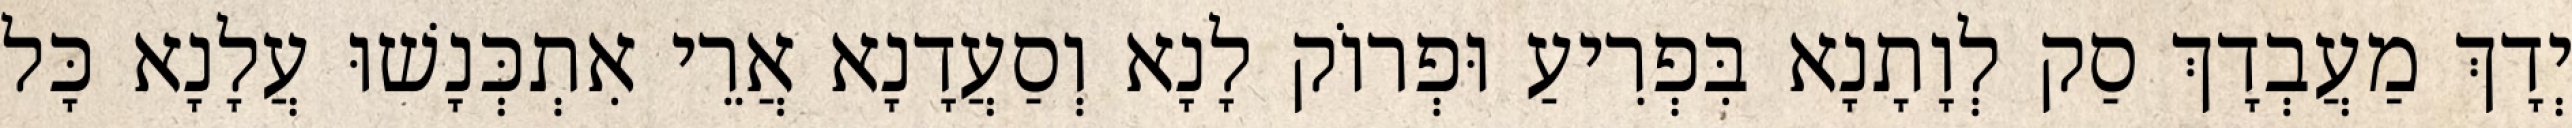
יְדָךְ מַעֲבְדָךְ סַק לְוָתָנָא בִּפְרִיעַ וּפְרוֹק לָנָא וְסַעֲדָנָא אֲרֵי אִתְכְּנָשׁוּ עֲלָנָא כָּל